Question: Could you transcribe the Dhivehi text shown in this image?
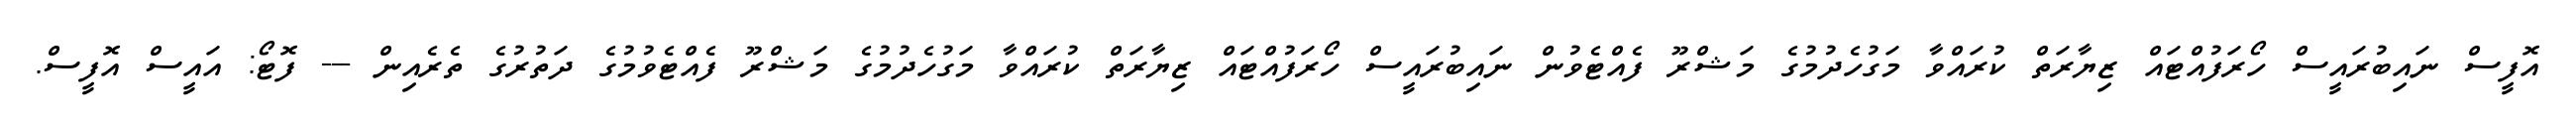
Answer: އޮފީސް ނައިބުރައީސް ހޯރަފުއްޓައް ޒިޔާރަތް ކުރައްވާ މަގުހެދުމުގެ މަޝްރޫ ފެއްޓެވުން ނައިބުރައީސް ހޯރަފުއްޓައް ޒިޔާރަތް ކުރައްވާ މަގުހެދުމުގެ މަޝްރޫ ފެއްޓެވުމުގެ ދަތުރުގެ ތެރެއިން --- ފޮޓޯ: އައީސް އޮފީސް.